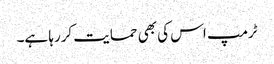
ٹرمپ اس کی بھی حمایت کررہا ہے۔